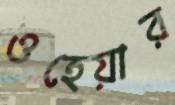
ওহেয়ার